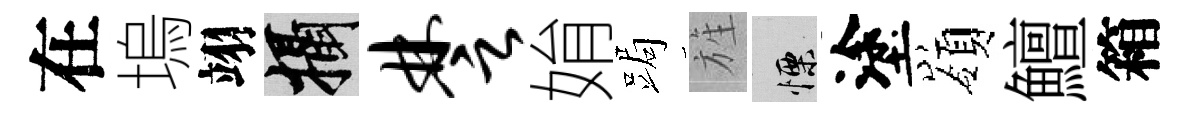
在塢翊攝楚姢跼旌慄塗嶺鱣箱